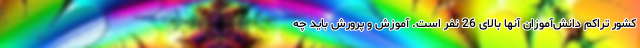
کشور تراکم دانش‌آموزان آنها بالای 26 نفر است. آموزش و پرورش باید چه